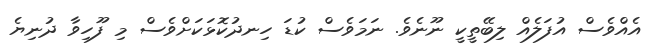
އެއްވެސް އުފަލެއް ލިބޭތީކީ ނޫނެވެ. ނަމަވެސް ކުޑަ ހިނދުކޮޅަކަށްވެސް މި ފޫހިވާ ދުނިޔެ